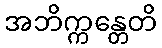
အဘိက္ကန္တေတိ